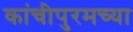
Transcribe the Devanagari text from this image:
कांचीपुरमच्या